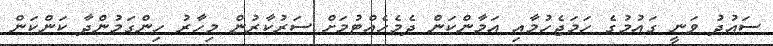
ސައުދު ވަނީ ގައުމުގެ ހަމަޖެހުމާއި އަމާންކަން ދެމެހެއްޓުމަށް ސަރުކާރުން މިހާރު ހިންގަމުންދާ ކަންކަން